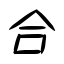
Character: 合